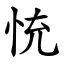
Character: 㤝